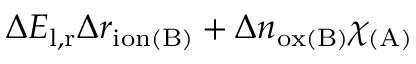
\Delta E _ { \mathrm { l , r } } \Delta r _ { \mathrm { i o n ( B ) } } + \Delta n _ { \mathrm { o x ( B ) } } \chi _ { \mathrm { ( A ) } }